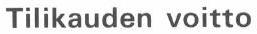
Tilikauden voitto